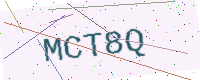
Text: MCT8Q